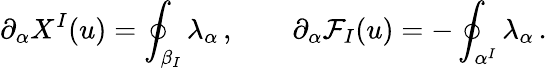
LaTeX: \partial_{\alpha}X^{I}(u)=\oint_{\beta_{I}}\lambda_{\alpha}\, ,\qquad\partial_{\alpha}\mathcal{F}_{I}(u)=-\oint_{\alpha^{I}}\lambda_{\alpha}\, .